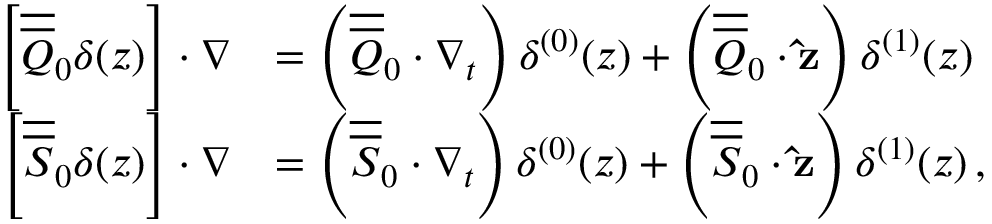
\begin{array} { r l } { \left[ \overline { { \overline { { Q } } } } _ { 0 } \delta ( z ) \right] \cdot \nabla } & { = \left( \overline { { \overline { { Q } } } } _ { 0 } \cdot \nabla _ { t } \right) \delta ^ { ( 0 ) } ( z ) + \left( \overline { { \overline { { Q } } } } _ { 0 } \cdot \mathbf { \hat { z } } \right) \delta ^ { ( 1 ) } ( z ) } \\ { \left[ \overline { { \overline { { S } } } } _ { 0 } \delta ( z ) \right] \cdot \nabla } & { = \left( \overline { { \overline { { S } } } } _ { 0 } \cdot \nabla _ { t } \right) \delta ^ { ( 0 ) } ( z ) + \left( \overline { { \overline { { S } } } } _ { 0 } \cdot \mathbf { \hat { z } } \right) \delta ^ { ( 1 ) } ( z ) \, , } \end{array}